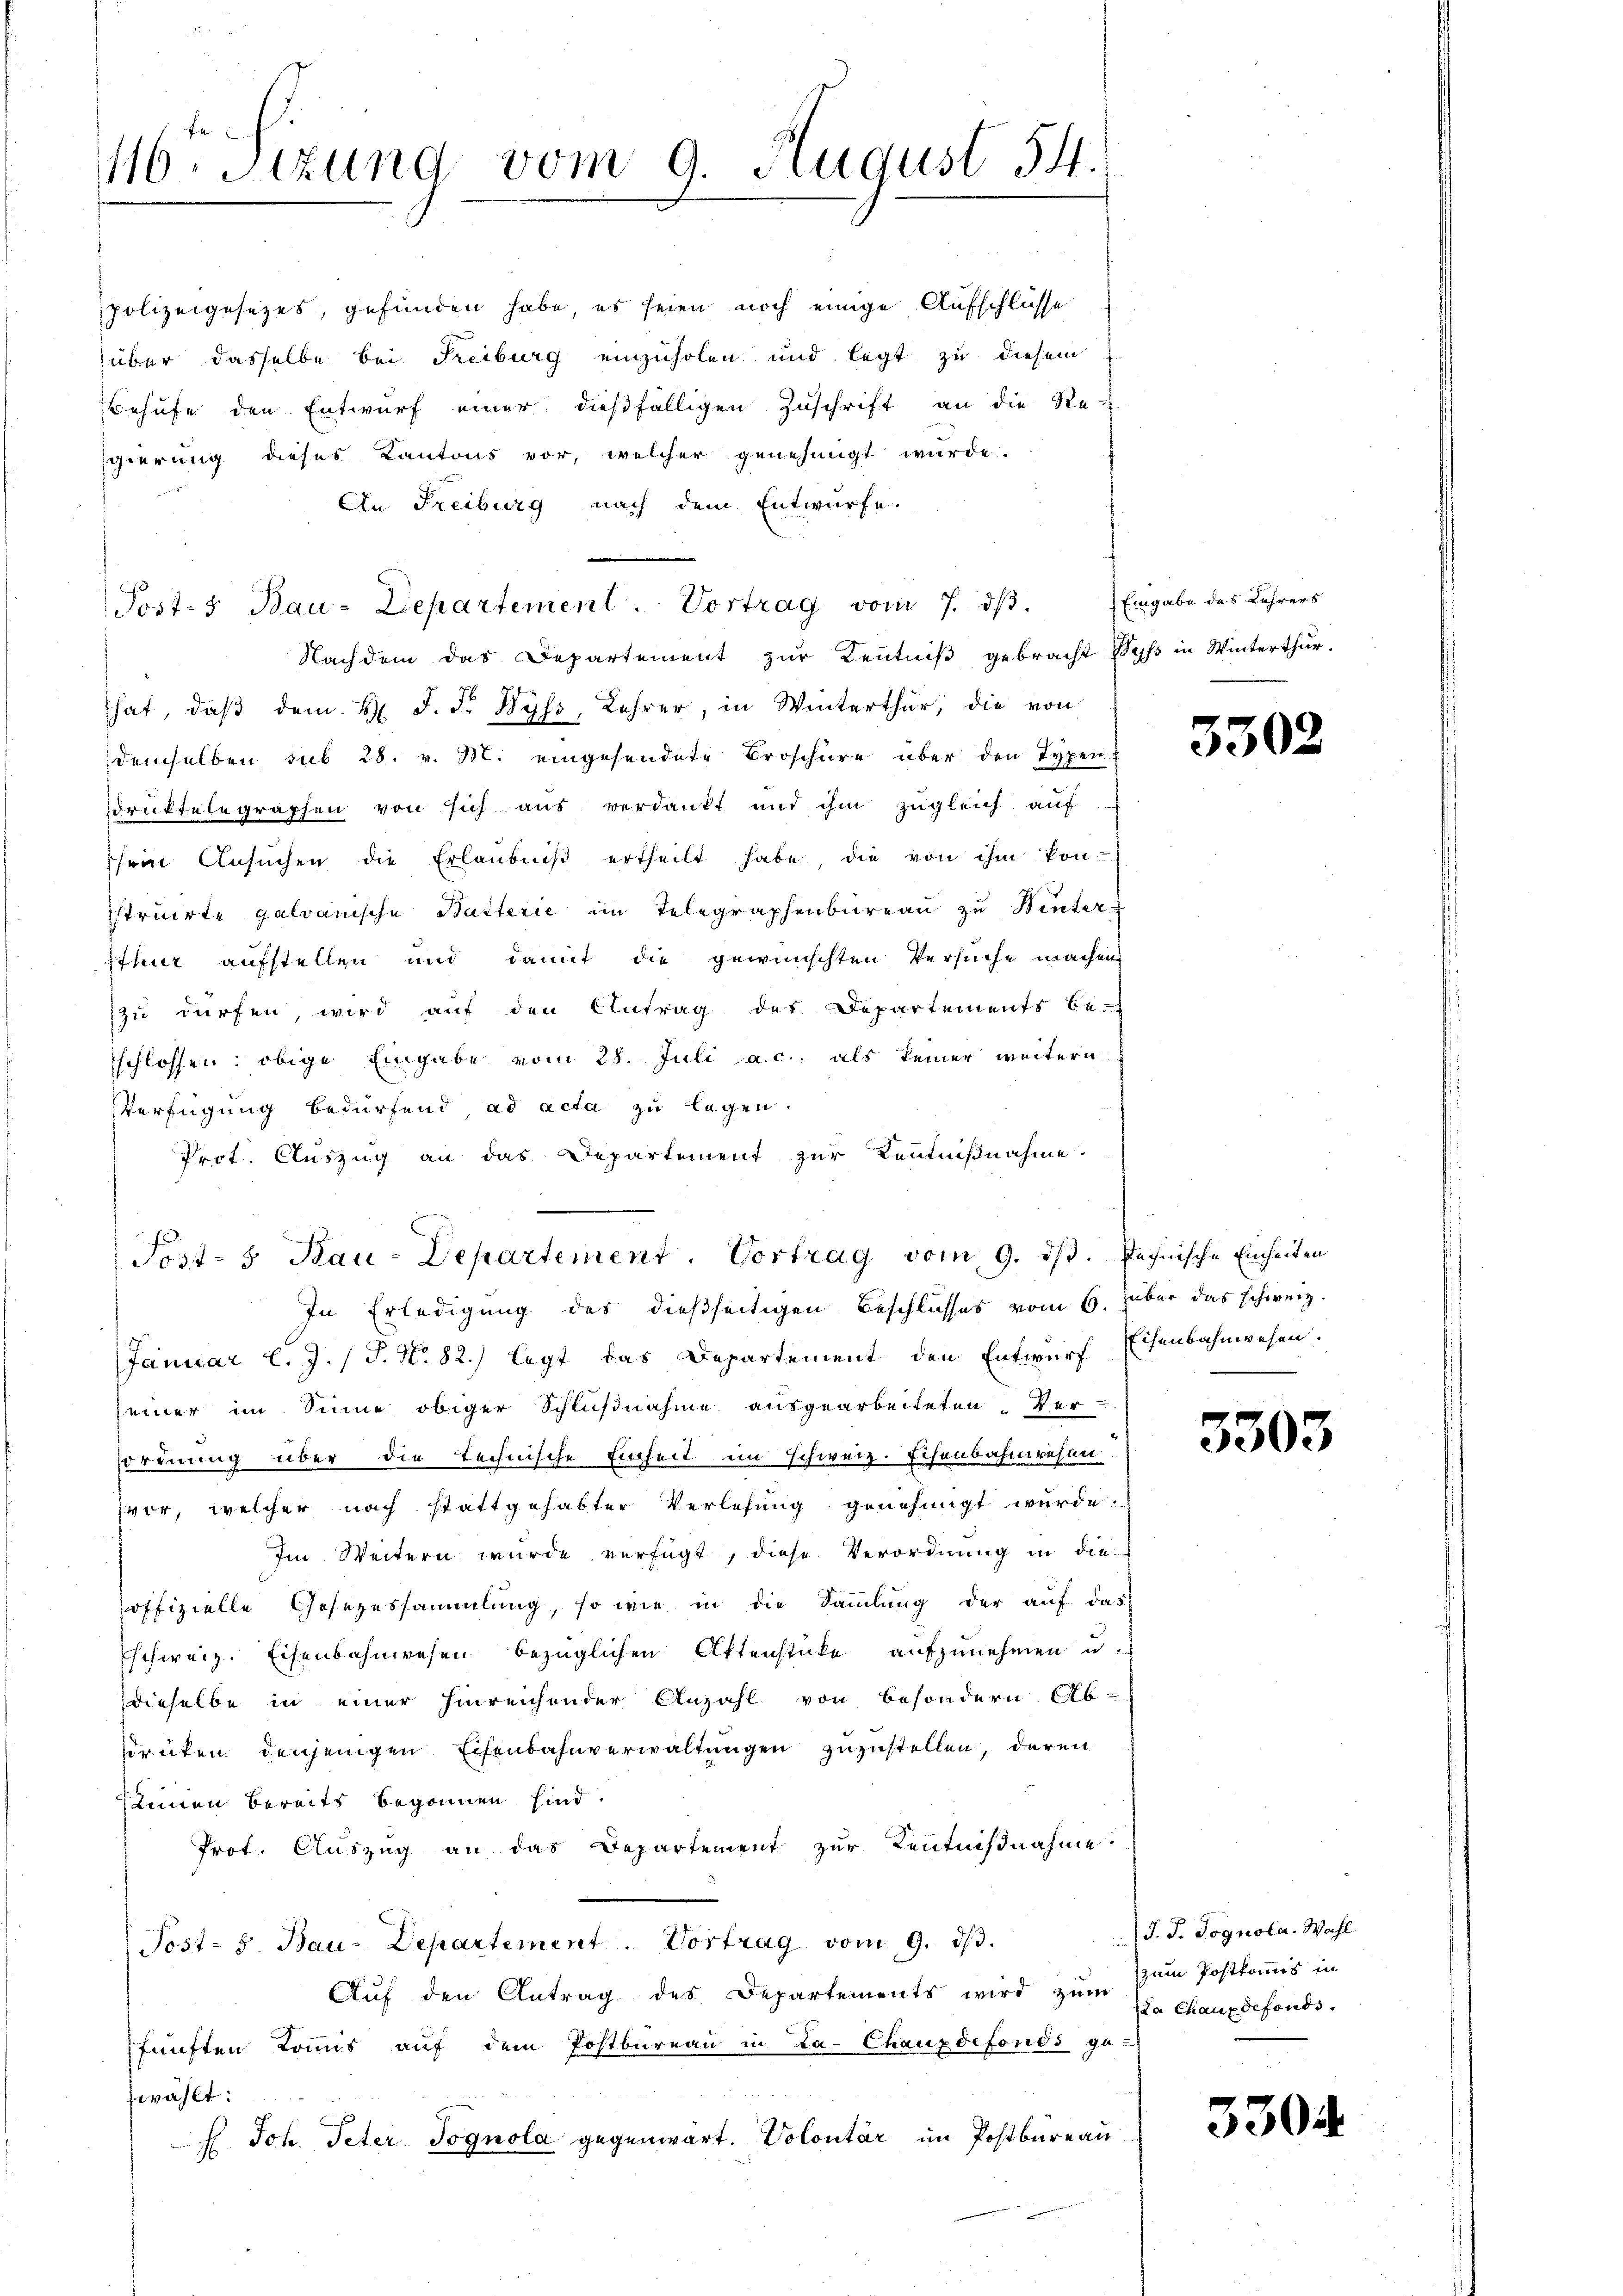
46. Sitzung vom 9. August 54.

polizeigesezes, gefunden habe, es seien noch einige Aufschlüsse
über dasselbe bei Freiburg einzuholen und legt zu diesem
Behufe den Entwurf einer dießfälligen Zuschrift an die Re-
scierung dieses Kantons vor, welcher genehmigt wurde.
8
An Freiburg nach dem Entwürfe.
Posts Bau-Departement. Vortrag vom 7. dβ.
Nachdem das Departement zur Kenntniß gebracht Syß in Winterthur.
hat, daß dem H. J. F. Wyss, Lehrer, in Winterthur, die von
demselben sub 28. v. M. eingesendete Broschüre über den Typen-
drüktelegraphen von sich aus verdankt und ihm zugleich auf
ein Ansŭchen die Erlaubniβ ertheilt habe, die von ihm kon-
struirte galvanische Butterie im Telegraphenbureau zu Winter
Ithur aufstellen und damit die gewünschten Versuche machen
zzu dürfen wird auf den Antrag des Departements be-
schlossen: obige Eingabe vom 28. Juli a.c. als keiner weitern
Verfügung bedürfend, ad acta zu legen.
Prot. Auszug an das Departement zur Kenntnißnahme.
Post- 5. Bau-Departement. Vortrag vom 9. ds. Rechnische Einheiten
In Erledigung des dießseitigen Beschlusses vom 6. über das schweiz.
Januar l. J. (T. No. 82.) legt das Departement den Entwurf Eisenbahnwesen.
seiner im Sinne obiger Schlußnahme ausgearbeiteten. Ver-
sordnung über die technische Einheit im schweiz. Eisenbahnwesen
vor, welcher nach stattgehabter Verlesung genehmigt wurde.
Im Weitern wurde verfügt, diese Verordnung in dieoffizielle Gesezessammlung, so wie in die Sammlung der auf das
Eschweiz. Eisenbahnwesen bezüglichen Aktenstücke aufzunehmen u.
dieselbe in einer hinreichender Anzahl von besondern Ab-
drüken denjenigen Eisenbahnverwaltungen zuzustellen, deren
keinen bereits begonnen sind.
Prot. Auszug an das Departement zur Kenntnißnahme
Post- & Bau-Departement. Vortrag vom 9. ds.
Auf den Antrag des Departements wird zum
fünften Kommis auf dem Postbureau in La-Chauxdefonds ga
jwählt:
H. Joh. Peter Jognola gegenwärt. Volontär im Postbureau

Eingabe des Lehrers

550.

3

3303

J. J. Pognola. Wahl
zum Postkommis in
La Chaux defonds.

3304